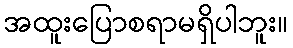
အထူးပြောစရာမရှိပါဘူး။